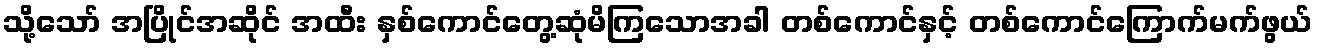
သို့သော် အပြိုင်အဆိုင် အထီး နှစ်ကောင်တွေ့ဆုံမိကြသောအခါ တစ်ကောင်နှင့် တစ်ကောင်ကြောက်မက်ဖွယ်